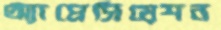
অ্যাপ্রেসিয়েশন